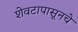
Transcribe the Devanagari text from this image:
शेवटापासूनचे